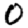
Digit: 0